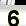
Digit: 3